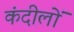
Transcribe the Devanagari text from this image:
कंदीलों